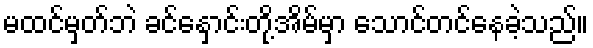
မထင်မှတ်ဘဲ ခင်နှောင်းတို့အိမ်မှာ သောင်တင်နေခဲ့သည်။